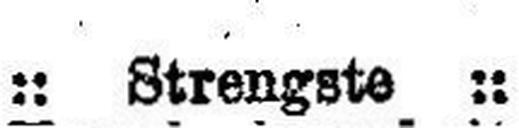
Strengste